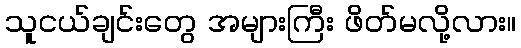
သူငယ်ချင်းတွေ အများကြီး ဖိတ်မလို့လား။